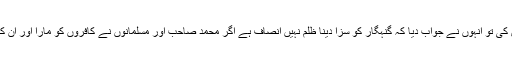
جب میں نے یہ بات ایک مولوی صاحب کی خدمت میں عرض کی تو اُنہوں نے جواب دیا کہ گنہگار کو سزا دینا ظلم نہیں انصاف ہے اگر محمد صاحب اور مسلمانوں نے کافروں کو مارا اور اُن کامال لوٹ لیا تو یہ کچھ بیجا نہیں کیا خدا کے عدل کو پورا کیا ۔